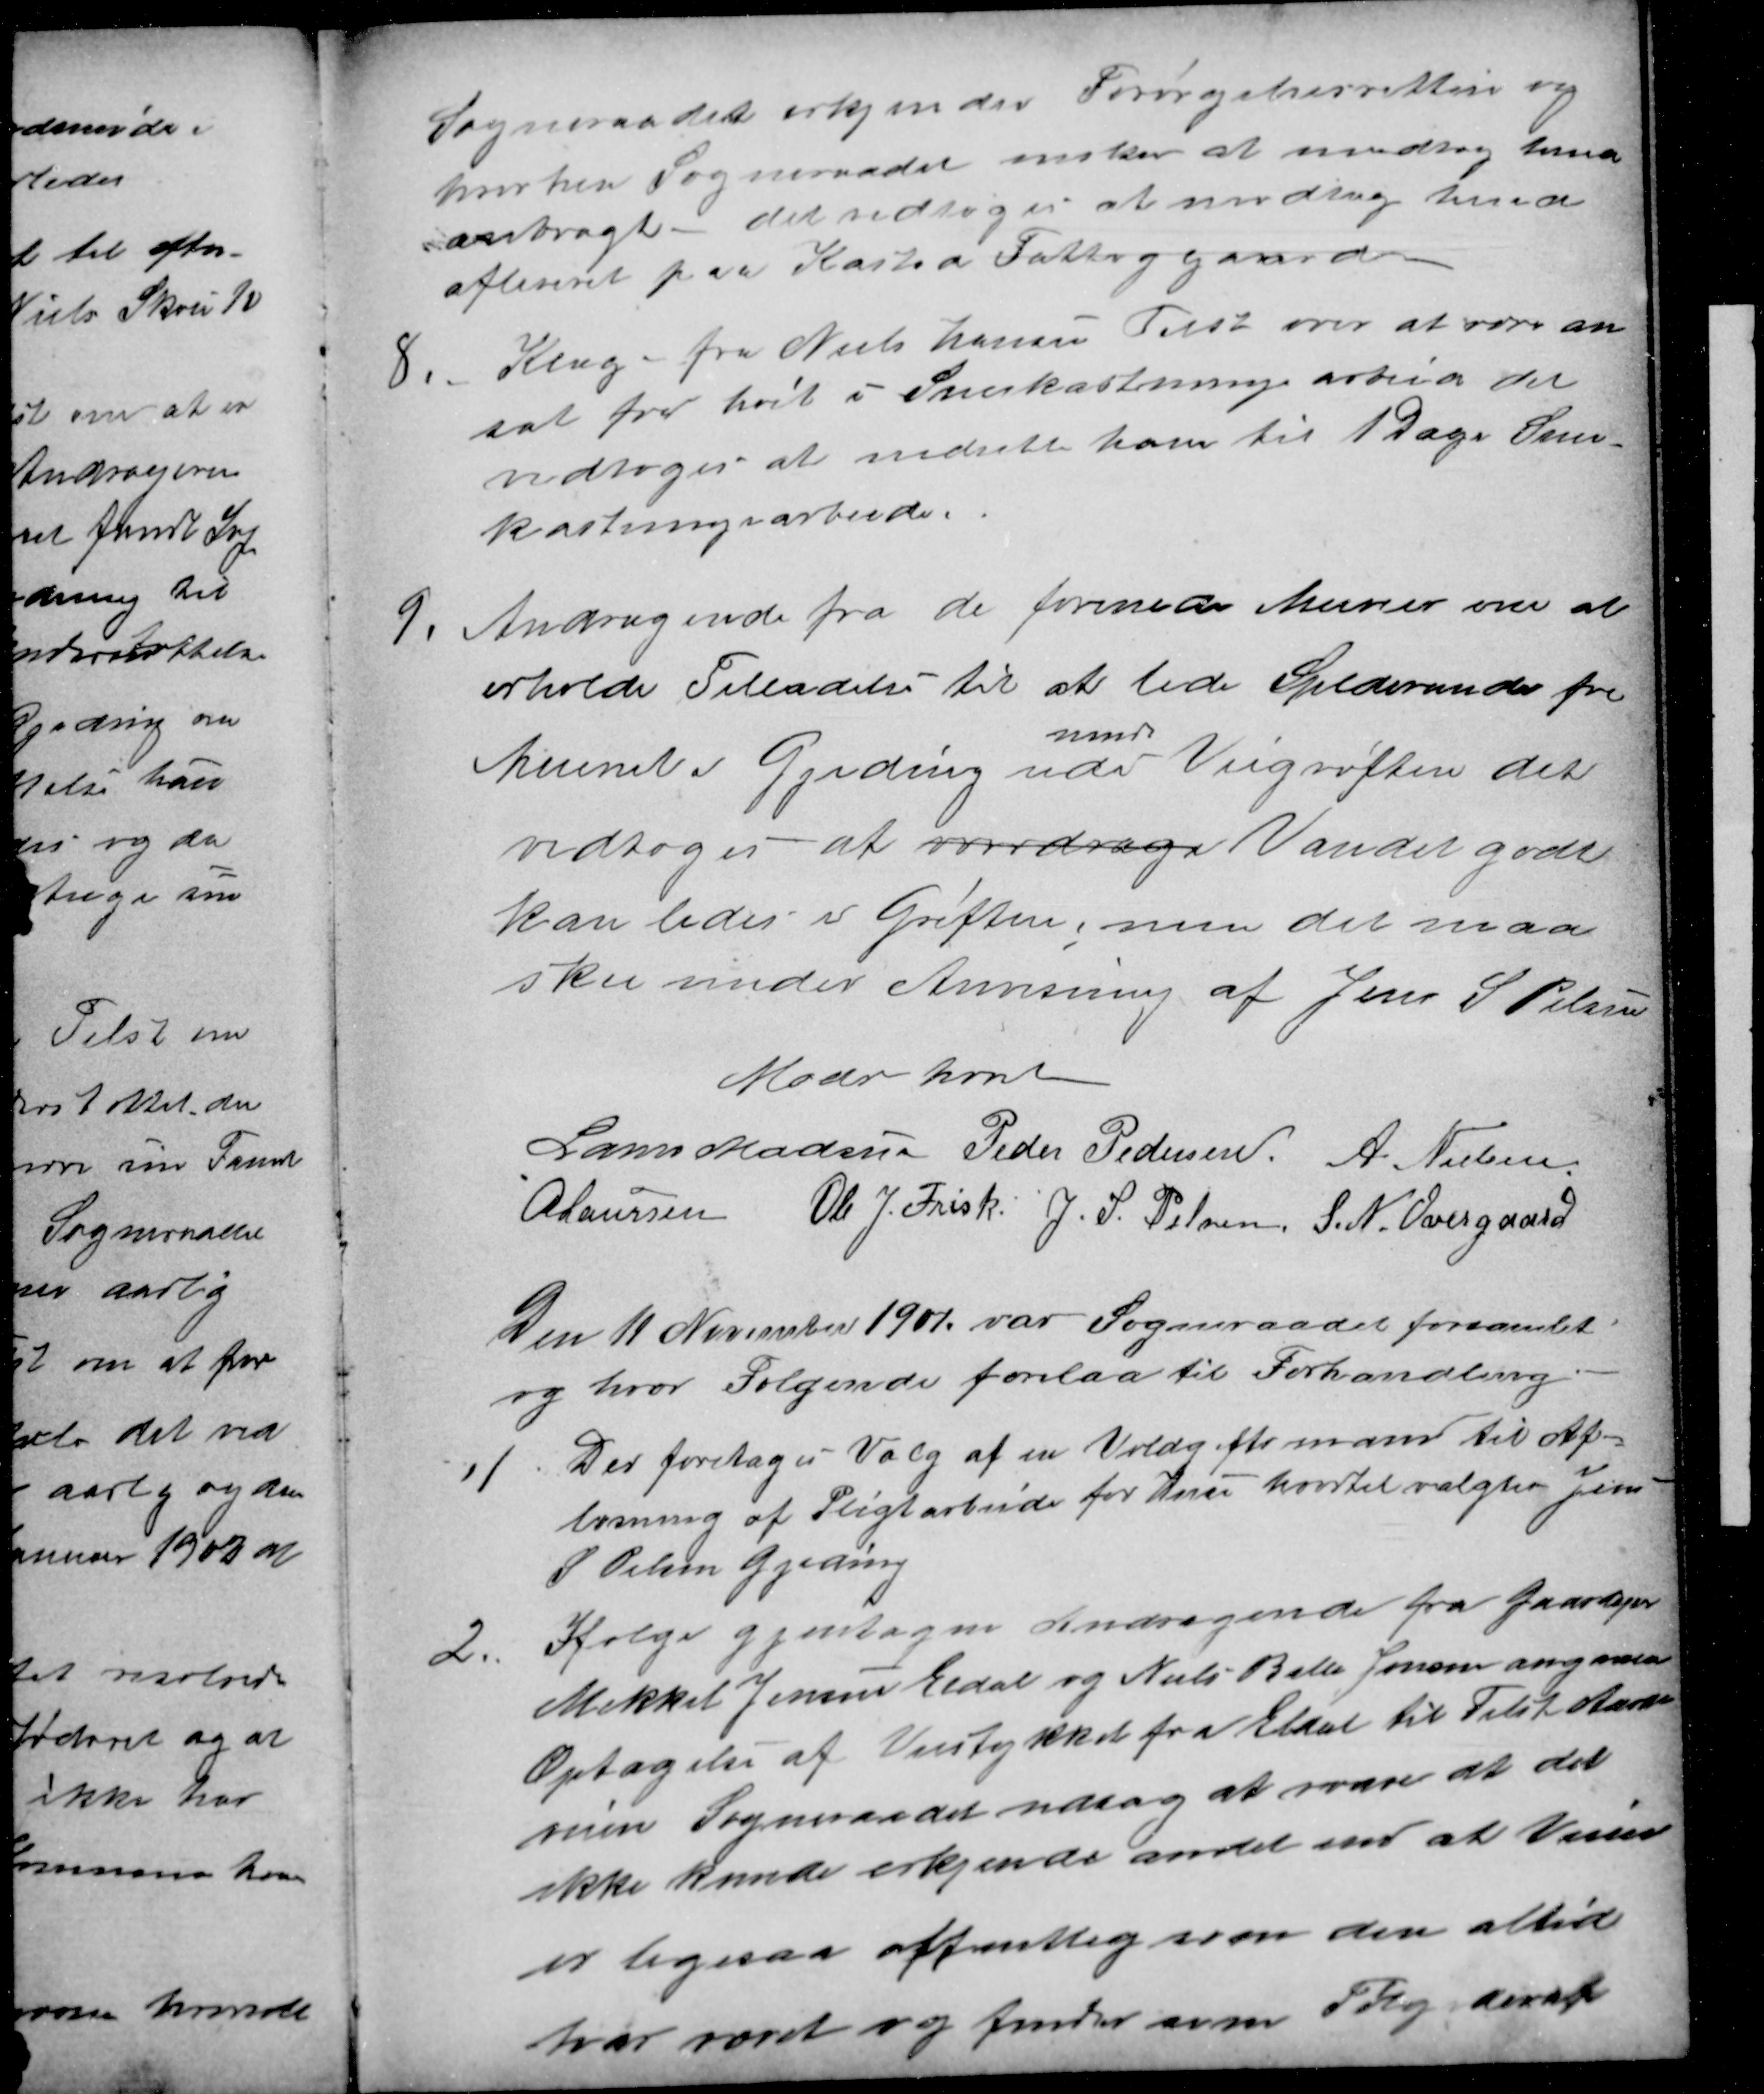
Transskription:
Sogneraadet erkjender Forsørgelsesretten og
hvorhen Sogneraadet ønsker at modtag hende
anbragt - det vedtoges at modtage hende
afleveret paa Kasted Fattiggaard
8
Klage fra Niels Hansen Tilst over at være an
sat fra høit i Snekastningsarbeid det
vedtoges at nedsætte ham til 1 Dags Sne-
kastningsarbeide.
9.
Andragende fra de forenede Meierier om at 
erholde Tilladelse til at lede Spildevandet fra
Meieriet i Gjeding udi
mod
Vejgrøften det
vedtoges at overdrage Vandet godt
kan ledes i Grøften, men det maa
ske under Anvisning af Jens S Pelsen
Møde hævet
Laurs Madsen Peder Pedersen A. Nielsen
A Laursen Ole J. Frisk. J. S. Pelsen, S. N. Overgaard
Den 11 November 1901 var Sogneraadet forsamlet
og hvor Følgende forelaa til Forhandling
1
Der foretoges Valg af en Voldgiftsmand til Af-
løsning af Pligtarbejde for Huse hvortil valgtes Jens
S. Pelsen Gjedning
2.
Ifølge gjentagne Andragende fra Gaardejer
Mikkel Jensen Eldal og Niels Balle Jensen angaaende
Optagelse af Veistykket fra Eldal til Tilst Aarhus
veien Sogneraadet vedtog at svare at det
ikke kunde erkjende andet end at Veien
er ligesaa offentlig som den altid
har været og finder som Følge deraf